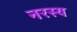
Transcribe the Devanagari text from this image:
नरस्य